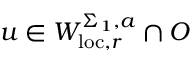
u \in W _ { \mathrm { l o c } , r } ^ { \Sigma _ { 1 } , a } \cap O